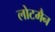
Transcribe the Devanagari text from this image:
लोटमैन